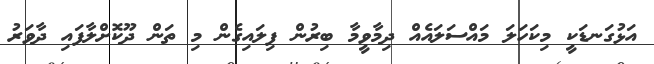
އަޅުގަނޑަކީ މިކަހަލަ މައްސަލައެއް ދިމާވީމާ ބިރުން ފިލައިގެން މި ތަން ދޫކޮށްލާފައި ދާވަރު